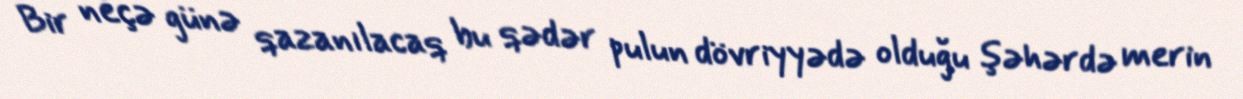
Bir neçə günə qazanılacaq bu qədər pulun dövriyyədə olduğu şəhərdə merin